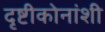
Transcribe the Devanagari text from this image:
दृष्टीकोनांशी